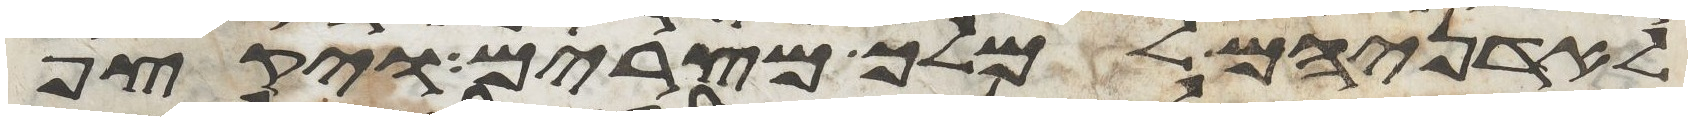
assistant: לאדניהם למלך מצרים ויקצף